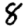
Digit: 8